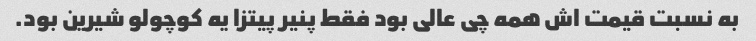
به نسبت قیمت اش همه چی عالی بود فقط پنیر پیتزا یه کوچولو شیرین بود.